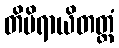
တိမိရာယိတတ္တံ